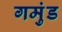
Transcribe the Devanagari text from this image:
गमुंड